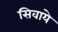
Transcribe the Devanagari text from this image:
सिवाये